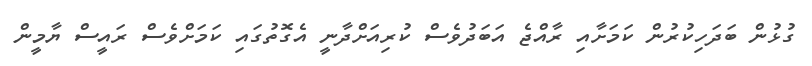
ގުޅުން ބަދަހިކުރުން ކަމަށާއި ރާއްޖެ އަބަދުވެސް ކުރިއަށްދާނީ އެގޮތުގައި ކަމަށްވެސް ރައީސް ޔާމީން